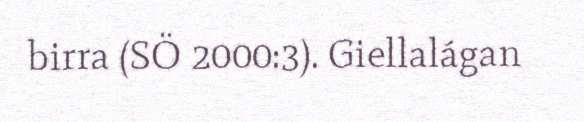
birra (SÖ 2000:3). Giellalágan